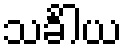
သင်္ခါယ